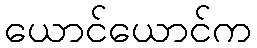
ယောင်ယောင်က